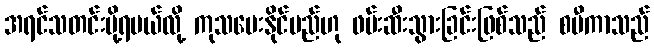
အရင်သတင်းပို့ရမယ်လို့ ကုသပေးနိုင်မည်ဟု ဖမ်းဆီးသွားခြင်းဖြစ်သည် စပီကာသည်